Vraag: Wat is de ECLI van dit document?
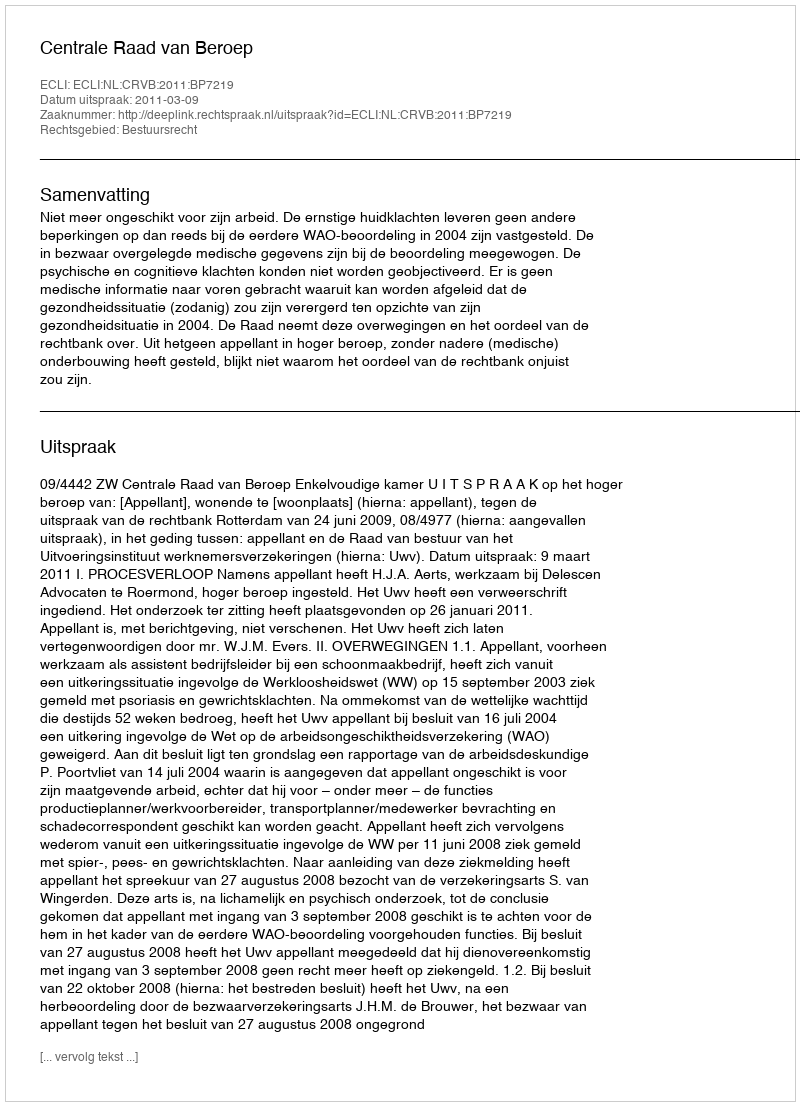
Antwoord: ECLI:NL:CRVB:2011:BP7219